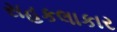
સહકલાકાર